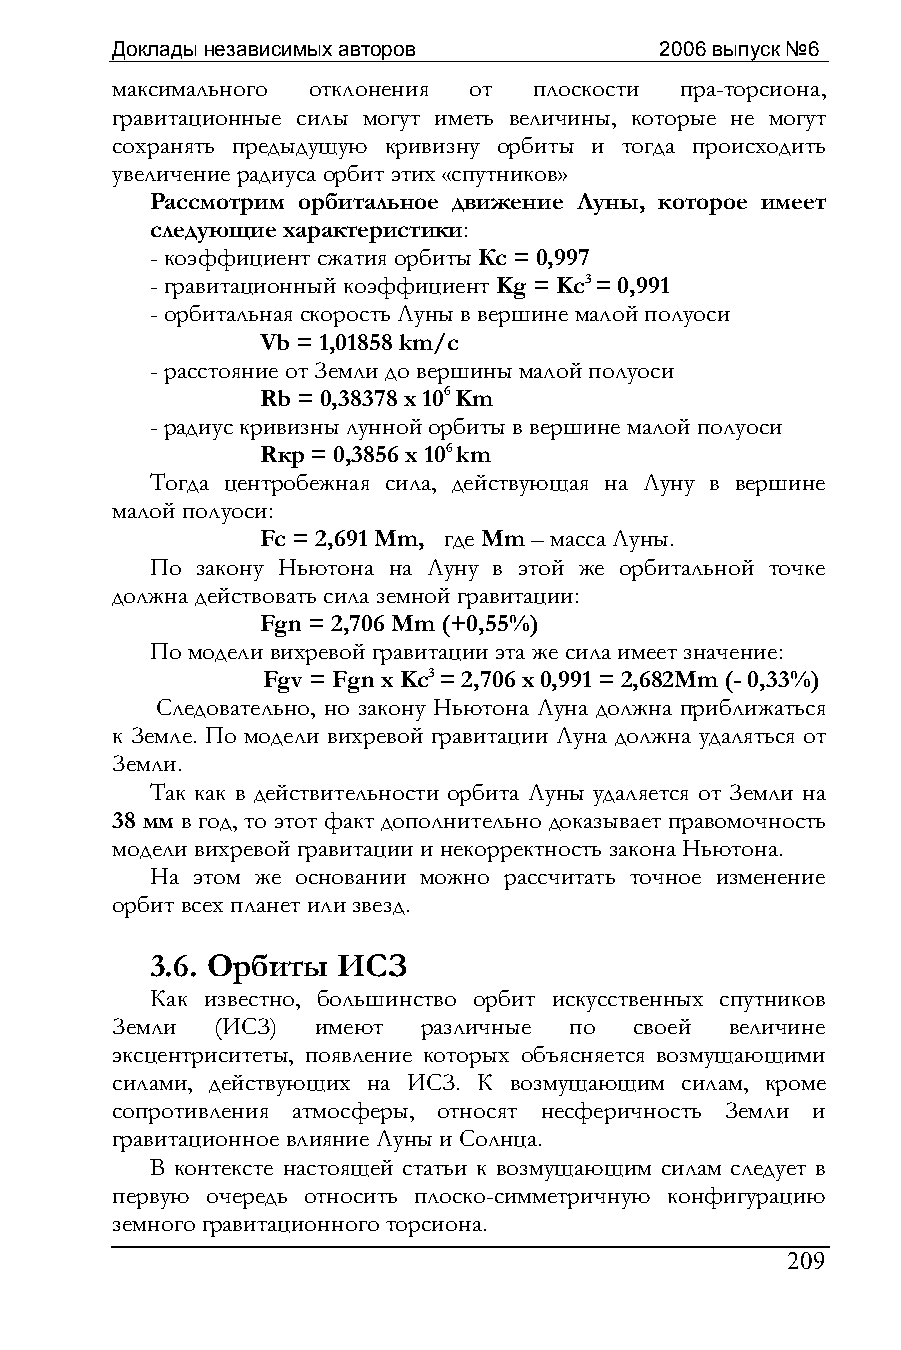
Доклады независимых авторов          2006 выпуск №6
 максимального отклонения от плоскости пра-торсиона,
 гравитационные силы могут иметь величины, которые не могут
 сохранять предыдущую кривизну орбиты и тогда происходить
 увеличение радиуса орбит этих «спутников»
 Рассмотрим орбитальное движение Луны, которое имеет
 следующие характеристики:
 - коэффициент сжатия орбиты Кс = 0,997
 - гравитационный коэффициент Kg = Kс3 = 0,991
 - орбитальная скорость Луны в вершине малой полуоси
 Vb = 1,01858 km/c
 - расстояние от Земли до вершины малой полуоси
 Rb = 0,38378 х 106 Km
 - радиус кривизны лунной орбиты в вершине малой полуоси
 Rкр = 0,3856 х 106 km
 Тогда центробежная сила, действующая на Луну в вершине
 малой полуоси:
 Fc = 2,691 Mm, где Mm – масса Луны.
 По закону Ньютона на Луну в этой же орбитальной точке
 должна действовать сила земной гравитации:
 Fgn = 2,706 Mm (+0,55%)
 По модели вихревой гравитации эта же сила имеет значение:
 Fgv = Fgn x Kс3 = 2,706 х 0,991 = 2,682Mm (- 0,33%)
 Следовательно, но закону Ньютона Луна должна приближаться
 к Земле. По модели вихревой гравитации Луна должна удаляться от
 Земли.
 Так как в действительности орбита Луны удаляется от Земли на
 38 мм в год, то этот факт дополнительно доказывает правомочность
 модели вихревой гравитации и некорректность закона Ньютона.
 На этом же основании можно рассчитать точное изменение
 орбит всех планет или звезд.
 3.6. Орбиты ИСЗ
 Как известно, большинство орбит искусственных спутников
 Земли  (ИСЗ)  имеют  различные по  своей величине
 эксцентриситеты, появление которых объясняется возмущающими
 силами, действующих на ИСЗ. К возмущающим силам, кроме
 сопротивления атмосферы, относят несферичность Земли и
 гравитационное влияние Луны и Солнца.
 В контексте настоящей статьи к возмущающим силам следует в
 первую очередь относить плоско-симметричную конфигурацию
 земного гравитационного торсиона.
 209